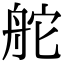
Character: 舵